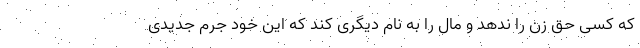
که کسی حق زن را ندهد و مال را به نام دیگری کند که این خود جرم جدیدی